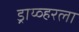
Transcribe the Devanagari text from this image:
ड्राय्व्हरला